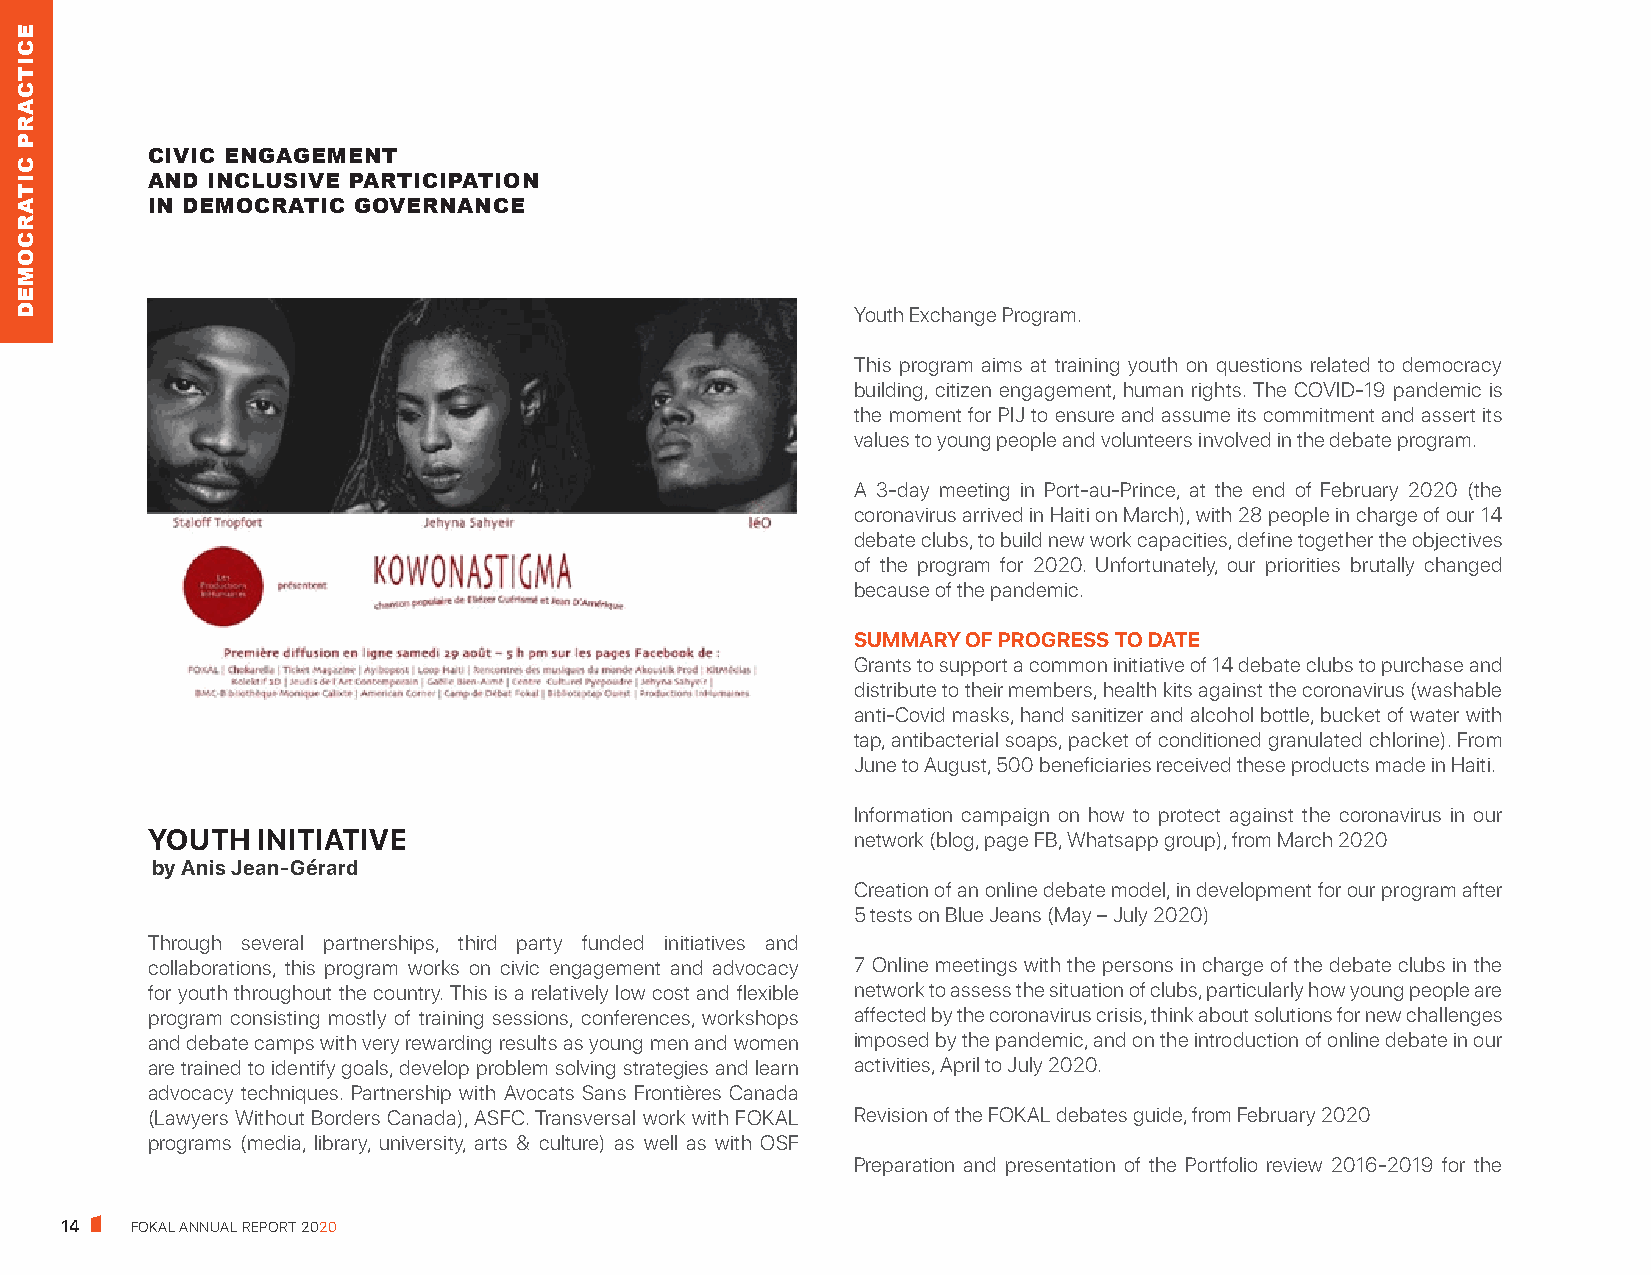
1. DEMOCRATIC     PRACTICE
 C. CIVIC ENGAGEMENT
 AND  INCLUSIVE PARTICIPATION
 IN DEMOCRATIC  GOVERNANCE
 CIVIC ENGAGEMENT
 AND INCLUSIVE PARTICIPATION
 IN DEMOCRATIC GOVERNANCE
 Youth Exchange Program.
 This program aims at training youth on questions related to democracy
 building, citizen engagement, human rights. The COVID-19 pandemic is
 the moment for PIJ to ensure and assume its commitment and assert its
 values to young people and volunteers involved in the debate program.
 A 3-day meeting in Port-au-Prince, at the end of February 2020 (the
 coronavirus arrived in Haiti on March), with 28 people in charge of our 14
 debate clubs, to build new work capacities, define together the objectives
 of the program for 2020. Unfortunately, our priorities brutally changed
 because of the pandemic.
 SUMMARY OF PROGRESS TO DATE
 Grants to support a common initiative of 14 debate clubs to purchase and
 distribute to their members, health kits against the coronavirus (washable
 anti-Covid masks, hand sanitizer and alcohol bottle, bucket of water with
 tap, antibacterial soaps, packet of conditioned granulated chlorine). From
 June to August, 500 beneficiaries received these products made in Haiti.
 Information campaign on how to protect against the coronavirus in our
 YOUTH  INITIATIVE                             network (blog, page FB, Whatsapp group), from March 2020
 by Anis Jean-Gérard
 Creation of an online debate model, in development for our program after
 5 tests on Blue Jeans (May – July 2020)
 Through several partnerships, third party funded initiatives and
 collaborations, this program works on civic engagement and advocacy 7 Online meetings with the persons in charge of the debate clubs in the
 for youth throughout the country. This is a relatively low cost and flexible network to assess the situation of clubs, particularly how young people are
 program consisting mostly of training sessions, conferences, workshops affected by the coronavirus crisis, think about solutions for new challenges
 and debate camps with very rewarding results as young men and women imposed by the pandemic, and on the introduction of online debate in our
 are trained to identify goals, develop problem solving strategies and learn activities, April to July 2020.
 advocacy techniques. Partnership with Avocats Sans Frontières Canada
 (Lawyers Without Borders Canada), ASFC. Transversal work with FOKAL Revision of the FOKAL debates guide, from February 2020
 programs (media, library, university, arts & culture) as well as with OSF
 Preparation and presentation of the Portfolio review 2016-2019 for the
 14   FOKAL ANNUAL REPORT 2020
 ECITCARP
 CITARCOMED